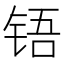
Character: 铻